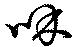
咊